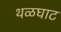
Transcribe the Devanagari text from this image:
थळघाट